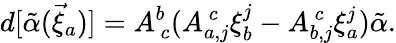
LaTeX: d[{\tilde{\alpha}}(\vec{\xi}_{a})]=A_{~c}^{b}(A_{a,j}^{~c}\xi_{b}^{j}-A_{b,j}^{~c}\xi_{a}^{j}){\tilde{\alpha}}.